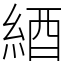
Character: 綇